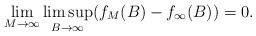
LaTeX: \begin{align*}\lim_{M \to \infty} \limsup_{B \to \infty} (f_M(B) - f_{\infty}(B)) = 0.\end{align*}